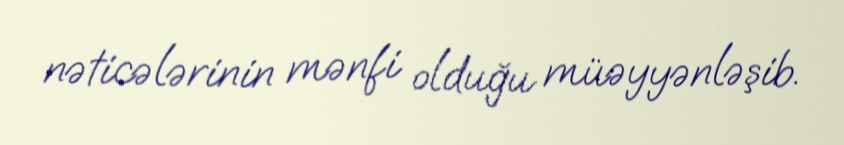
nəticələrinin mənfi olduğu müəyyənləşib.